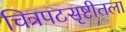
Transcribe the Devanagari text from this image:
चित्रपटसृष्टीतला